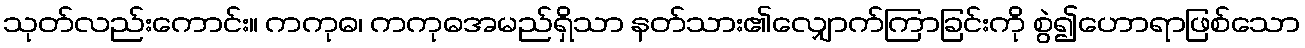
သုတ်လည်းကောင်း။ ကကုဓ၊ ကကုဓအမည်ရှိသာ နတ်သား၏လျှောက်ကြာခြင်းကို စွဲ၍ဟောရာဖြစ်သော